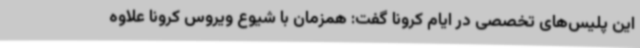
این پلیس‌های تخصصی در ایام کرونا گفت: همزمان با شیوع ویروس کرونا علاوه